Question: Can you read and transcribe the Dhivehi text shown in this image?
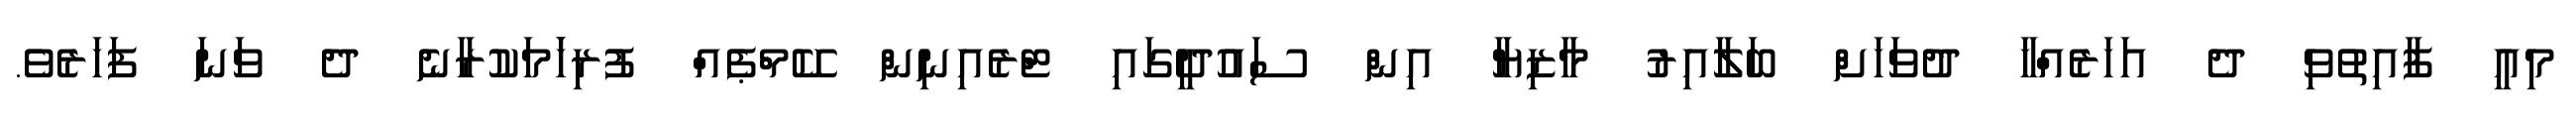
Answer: މިއީ ފާއިތުވި ދެ އަހަރެއްހާ ދުވަހަށް ބަލާއިރު މާޒިޔާ އިން ސައުދީގައި ޓްރެއިނިން ކޭމްޕެއް ފުރިހަަމަކުރާނެ ދެ ވަނަ ފަހަރެވެ.